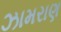
ઝામરાણ